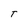
Character: T